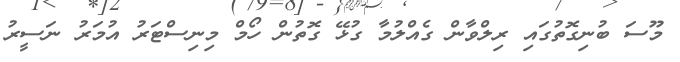
މޫސަ ބުނިގޮތުގައި ރިލްވާން ގެއްލުމާ ގުޅޭ ގޮތުން ހޯމް މިނިސްޓަރު އުމަރު ނަސީރު